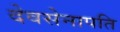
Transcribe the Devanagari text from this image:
देवसेनापति